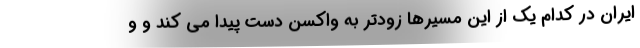
ایران در کدام یک از این مسیرها زودتر به واکسن دست پیدا می کند و و